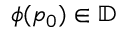
\phi ( p _ { 0 } ) \in \mathbb { D }